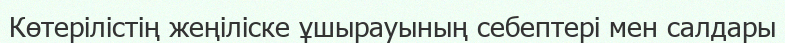
Көтерілістің жеңіліске ұшырауының себептері мен салдары